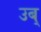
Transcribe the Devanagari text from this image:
उब्